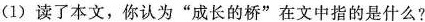
(1)读了本文，你认为”成长的桥”在文中指的是什么?